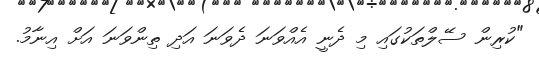
"ކުރިން ސޭލްތަކުގައި މި ދެނީ އެއްވަނަ ދެވަނަ އަދި ތިންވަނަ އަށް އިނާމު.